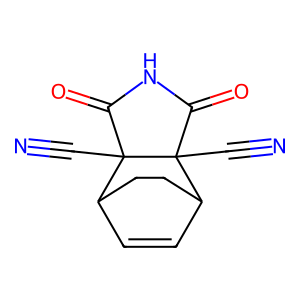
SMILES: N#CC12C(=O)NC(=O)C1(C#N)C1C=CC2CC1
Inhibits HIV replication: No